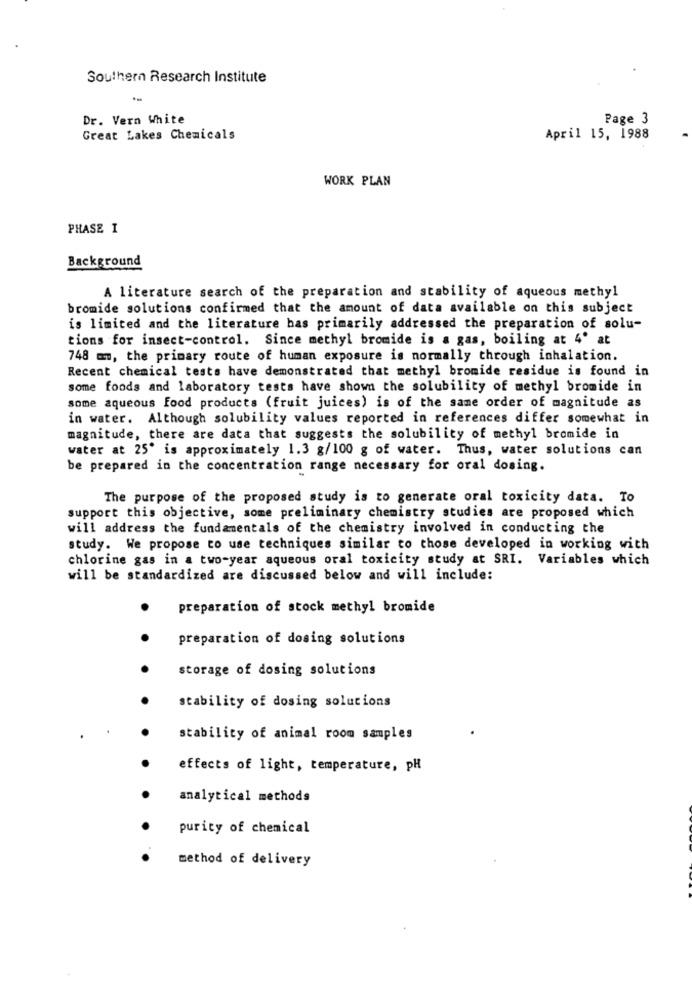
Southern Research Institute
Dr. Vern White
Page 3
Great Lakes Chemicals
April 15, 1988
WORK PLAN
PHASE I
Background
A literature search of the preparation and stability of aqueous methyl
bromide solutions confirmed that the amount of data available on this subject
is limited and the literature has primarily addressed the preparation of solu-
tions for insect-control. Since methyl bromide is a gas, boiling at 4' at
748 mm, the primary route of human exposure is normally through inhalation.
Recent chemical tests have demonstrated that methyl bromide residue is found in
some foods and laboratory tests have shown the solubility of methyl bromide in
some aqueous food products (fruit juices) is of the same order of magnitude as
in water. Although solubility values reported in references differ somewhat in
magnitude, there are data that suggests the solubility of methyl bromide in
water at 25' is approximately 1.3 g/100 g of water. Thus, water solutions can
be prepared in the concentration range necessary for oral dosing.
The purpose of the proposed study is to generate oral toxicity data. To
support this objective, some preliminary chemistry studies are proposed which
will address the fundamentals of the chemistry involved in conducting the
study. We propose to use techniques similar to those developed in working with
chlorine gas in a two-year aqueous oral toxicity study at SRI. Variables which
will be standardized are discussed below and will include:
preparation of stock methyl bromide
preparation of dosing solutions
storage of dosing solutions
stability of dosing solutions
stability of animal room samples
effects of light, temperature, pH
analytical methods
purity of chemical
method of delivery